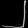
Digit: ၂